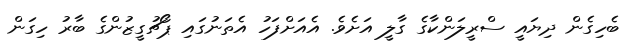
ބެހިގެން ދިޔައީ ސްރީލަންކާގެ ގާލީ އަށެވެ. އެއަށްފަހު އެތަނުގައި ޕޯޗުގީޒުންގެ ބާރު ހިގަން